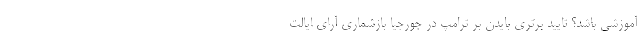
آموزشی باشد؟ تایید برتری بایدن بر ترامپ در جورجیا بازشماری آرای ایالت